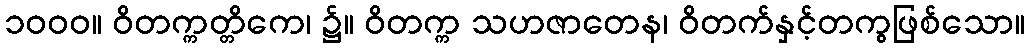
၁၀၀၀။ ဝိတက္ကတ္တိကေ၊ ၌။ ဝိတက္က သဟဇာတေန၊ ဝိတက်နှင့်တကွဖြစ်သော။